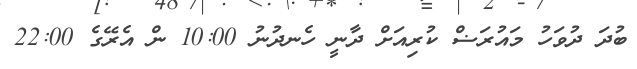
ބުދަ ދުވަހު މައުރަޟް ކުރިއަށް ދާނީ ހެނދުނު 10:00 ން އެރޭގެ 22:00